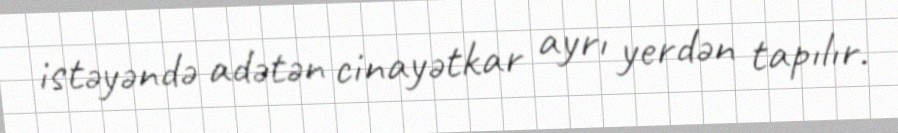
istəyəndə adətən cinayətkar ayrı yerdən tapılır.